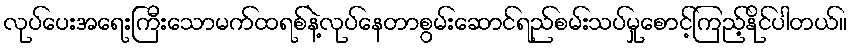
လုပ်ပေးအရေးကြီးသောမက်ထရစ်နဲ့လုပ်နေတာစွမ်းဆောင်ရည်စမ်းသပ်မှုစောင့်ကြည့်နိုင်ပါတယ်။